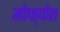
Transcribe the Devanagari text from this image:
मोफ्फेत